Note on the mental hospitals in Burma - 1925-1940
Year: 1925
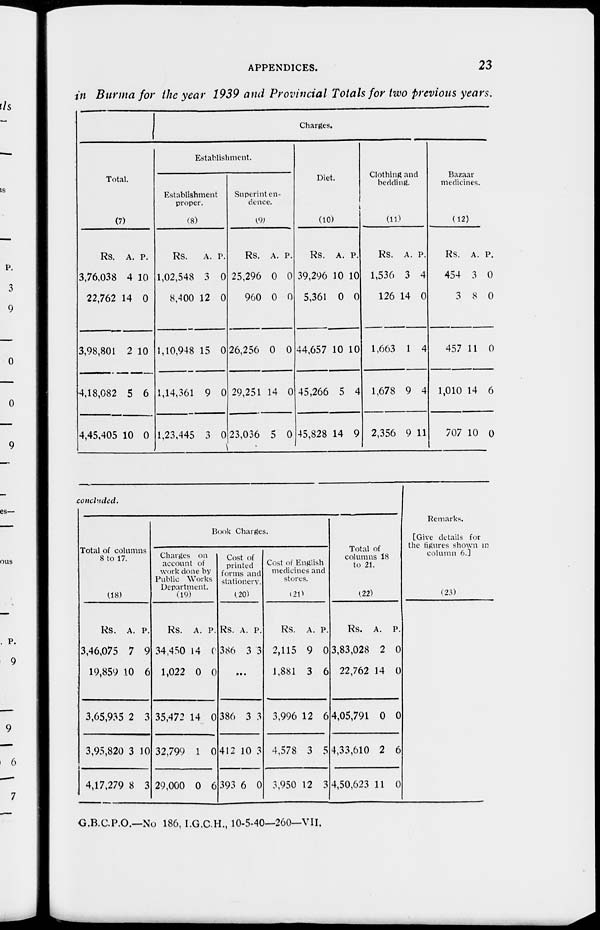
APPENDICES.
23
in Burma for the year 1939 and Provincial Totals for two previous years.
Total.
(7)
Rs.
3,76,038
22,762
3,98,801
4,18,082
4,45,405
A
4
14
2
5
10
P.
10
0
10
6
0
Charges.
Establishment.
Establishment
proper.
(8)
Rs.
1,02,548
8,400
1,10,948
1,14,361
1,23,445
A.
3
12
15
9
3
P.
0
0
0
0
0
Superinten-
dence.
(9)
Rs.
25,296
960
26,256
29,251
23,036
A.
0
0
0
14
5
P.
0
0
0
0
0
Diet.
(10)
Rs.
39,296
5,361
44,657
45,266
45,828
A.
10
0
10
5
14
P.
10
0
10
4
9
Clothing and
bedding.
(11)
Rs.
1,536
126
1,663
1,678
2,356
A.
3
14
1
9
9
P.
4
0
4
4
11
Bazaar
medicines.
(12)
Rs.
454
3
457
1,010
707
A.
3
8
11
14
10
P.
0
0
0
6
0
concluded.
Total of columns
8 to 17.
(18)
Rs.
3,46,075
19,859
3,65,935
3,95,820
4,17,279
A.
7
10
2
3
8
P.
9
6
3
10
3
Book Charges.
Charges on
account of
work done by
Public Works
Department.
(19)
Rs.
34,450
1,022
35,472
32,799
29,000
A.
14
0
14
1
0
P.
0
0
0
0
6
Cost of
printed
forms and
stationery.
(20)
Rs.
386
A.
3
P.
3
...
386
412
393
3
10
6
3
3
0
Cost of English
medicines and
stores.
(21)
Rs.
2,115
1,881
3,996
4,578
3,950
A.
9
3
12
3
12
P.
0
6
6
5
3
Total of
columns 18
to 21.
(22)
Rs.
3,83,028
22,762
4,05,791
4,33,610
4,50,623
A.
2
14
0
2
11
P.
0
0
0
6
0
Remarks.
[Give details for
the figures shown in
column 6.]
(23)
G.B.C.P.O.—No 186, I.G.C.H., 10-5-40—260—VII.